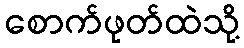
စောက်ဖုတ်ထဲသို့